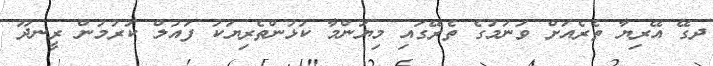
ދގޭ އޭރިޔާ ތެރެއަށް ވަނުމުގެ ތެރޭގައި މިޔަންމާ ކުޅުންތެރިޔަކު ފައުުލް ކުރުމުން ރީނދޫ